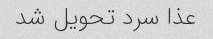
عذا سرد تحویل شد